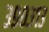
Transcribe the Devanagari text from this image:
३९०३१३